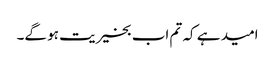
امید ہے کہ تم اب بخیریت ہو گے۔